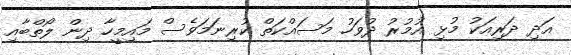
އަދި ދަރިއަކު މުޅި އުމުރު ދުވަހު މަސައްކަތް ކުރިނަމަވެސް މައިމީހާ ދިން ލޯތްބާއި